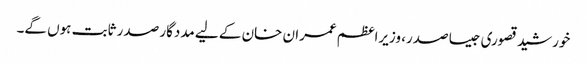
خورشید قصوری جیسا صدر، وزیراعظم عمران خان کے لیے مددگار صدر ثابت ہوں گے۔